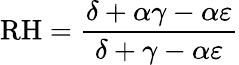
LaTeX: \textrm{RH}=\frac{\delta+\alpha\gamma-\alpha\varepsilon}{\delta+\gamma-\alpha\varepsilon}